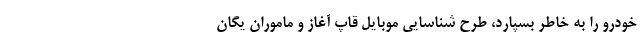
خودرو را به خاطر بسپارد، طرح شناسایی موبایل قاپ آغاز و ماموران یگان